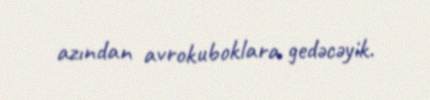
azından avrokuboklara gedəcəyik.